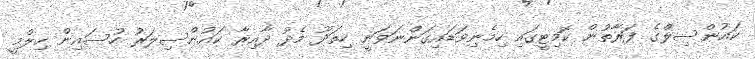
ކައުންސިލްގެ ފަރާތުން ކޮމިޓީގައި ހިމެނިވަޑައިގަންނަވަނީ ހިތަދޫ މެދު ދާއިރާ ކައުންސިލަރު ހުސައިން ހިލްމީ